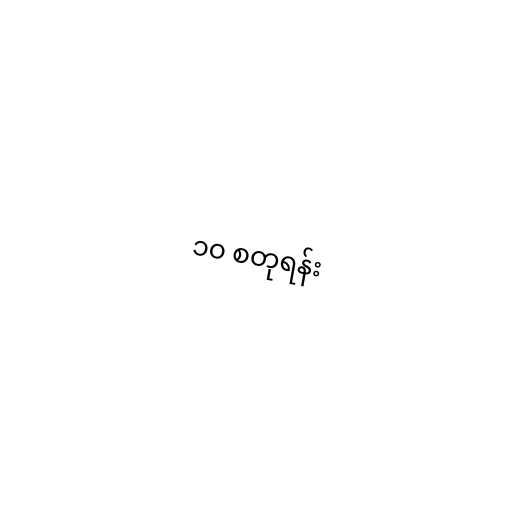
၁၀ စတုရန်း